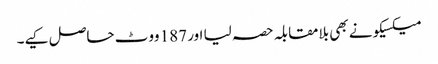
میکسیکو نے بھی بلامقابلہ حصہ لیا اور 187 ووٹ حاصل کیے۔